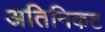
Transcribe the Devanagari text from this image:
अतिनिकट